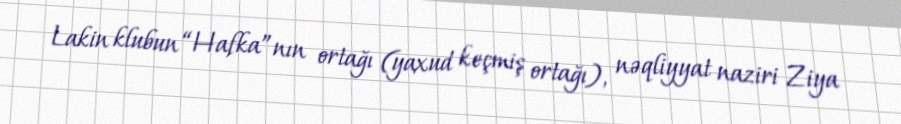
Lakin klubun “Hafka”nın ortağı (yaxud keçmiş ortağı), nəqliyyat naziri Ziya